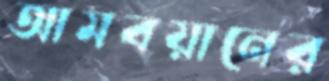
আমবয়ানের